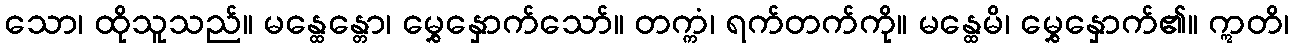
သော၊ ထိုသူသည်။ မန္ထေန္တော၊ မွှေနှောက်သော်။ တက္ကံ၊ ရက်တက်ကို။ မန္ထေမိ၊ မွှေနှောက်၏။ ဣတိ၊